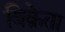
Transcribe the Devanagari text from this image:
बिक्रेता